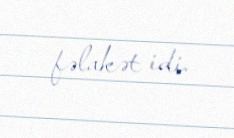
fəlakət idi.